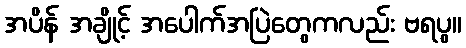
အပိန် အချိုင့် အပေါက်အပြဲတွေကလည်း ဗရပွ။